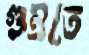
গুম্‌রতে